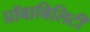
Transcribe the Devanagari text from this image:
प्रॉबाबिलिटी